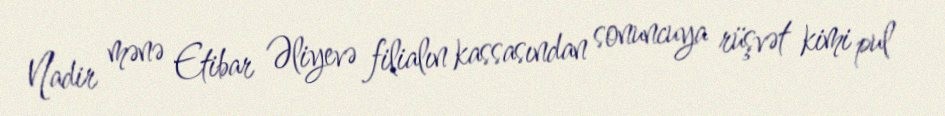
Nadir mənə Etibar Əliyevə filialın kassasından sonuncuya rüşvət kimi pul